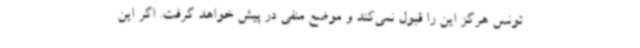
تونس هرگز این را قبول نمی‌کند و موضع منفی در پیش خواهد گرفت. اگر این